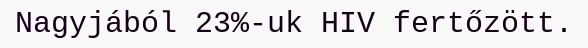
Nagyjából 23%-uk HIV fertőzött.